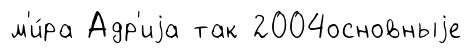
м'и́ра Адр'иjа так 2004основныjе